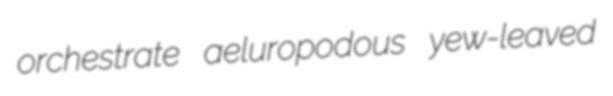
orchestrate aeluropodous yew-leaved